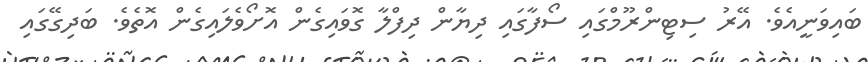
ބައިވަނީއެވެ. އޭރު ސިޓިންރޫމްގައި ސޯފާގައި ދިޔާން ދިފްލާ ގޮވައިގެން އޮށޯވެލައިގެން އޮތެވެ. ބަދިގޭގައި